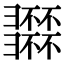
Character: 𢑽